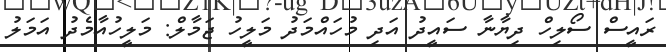
ރައީސް ސޯލިހް ދިޔާނާ ސައީދު އަދި މުހައްމަދު މަލީހު ޖަމާލް: މަލީހުއާމެދު އަމަލު